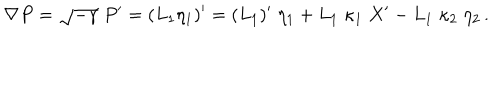
LaTeX: \nabla P = \sqrt { - \gamma } \; P { } ^ { \prime } = ( L _ { 1 } \eta _ { 1 } ) { } ^ { \prime } = ( L _ { 1 } ) ^ { \prime } \; \eta _ { 1 } + L _ { 1 } \; \kappa _ { 1 } \; X ^ { \prime } - L _ { 1 } \; \kappa _ { 2 } \; \eta _ { 2 } \, .